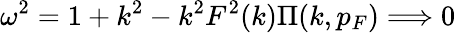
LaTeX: \omega^{2}=1+k^{2}-k^{2}F^{2}(k)\Pi(k,p_{F})\Longrightarrow 0